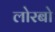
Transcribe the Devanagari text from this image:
लोरबो